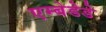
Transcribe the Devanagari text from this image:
एम्बेडेडे